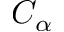
C _ { \alpha }